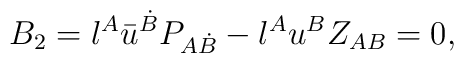
B_2 = {\l}^{A} {\bar u}^{\dot{B}} P_{A\dot{B}}  - \l^A{u}^B Z_{AB} = 0,